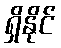
ရှိနိုင်